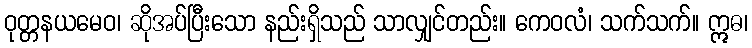
ဝုတ္တနယမေဝ၊ ဆိုအပ်ပြီးသော နည်းရှိသည် သာလျှင်တည်း။ ကေဝလံ၊ သက်သက်။ ဣဓ၊